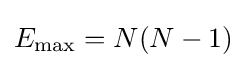
E_{\max }=N(N-1)